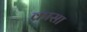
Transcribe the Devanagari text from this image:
क्रासा